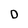
Character: D